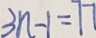
3 n - 1 = 7 7